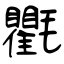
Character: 氍